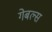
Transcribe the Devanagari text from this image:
गेबल्स